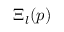
\Xi _ { l } ( p )